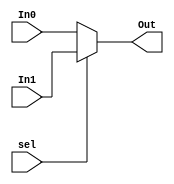
module MUX2 #(parameter WIDTH=8)
            (input [WIDTH-1:0] In0,In1,
             input sel,output [WIDTH-1:0] Out);
assign Out=sel ? In1:In0;
endmodule